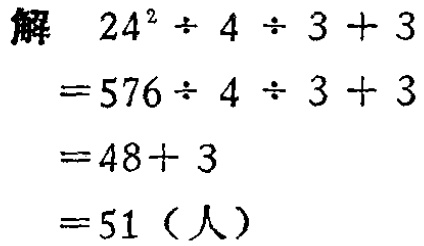
解

\[

\begin{align*}

&24^{2}\div4\div3 + 3\\

=&576\div4\div3 + 3\\

=&48 + 3\\

=&51（人）

\end{align*}

\]